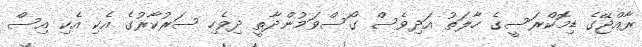
ރާއްޖޭގެ ޑިމޮކްރަސީގެ ހާލަތު އަދިވެސް ގޯސްވަމުންދާތީ ދިވެހި ސަރުކާރުގެ އެކި އެކި އިސް